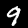
Digit: 9